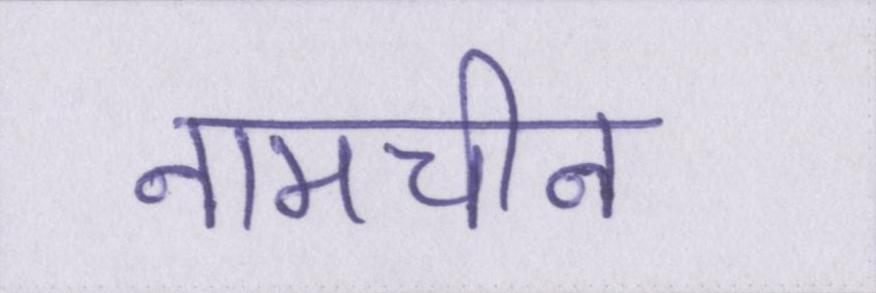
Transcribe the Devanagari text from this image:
नामचीन